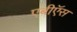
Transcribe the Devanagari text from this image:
एबीऍस